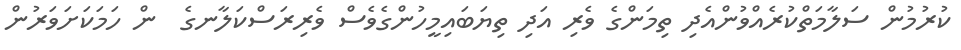
ކުރުމުން ސަލާމަތްކުރެއްވުންއެދި ތިމަންގެ ވެރި އަދި ތިޔަބައިމީހުންގެވެސް ވެރިރަސްކަލާނގެ  ން ހަމަކަށަވަރުން